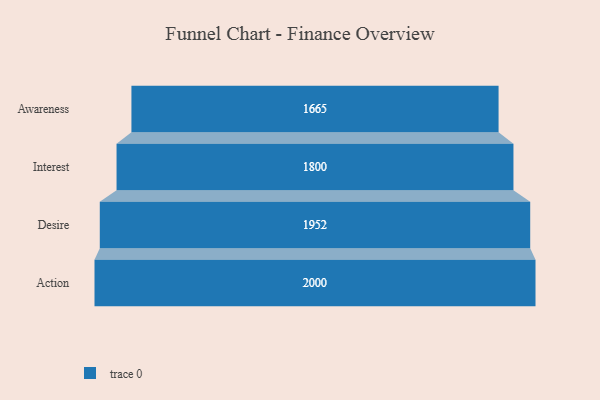
{"axis": {"x": "Stage", "y": "Value"}, "legend": [""], "data": [{"x": "Awareness", "y": 1665.0, "type": ""}, {"x": "Interest", "y": 1800.0, "type": ""}, {"x": "Desire", "y": 1952.0, "type": ""}, {"x": "Action", "y": 2000, "type": ""}]}